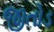
જીતોડ